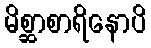
မိစ္ဆာစာရိနောပိ